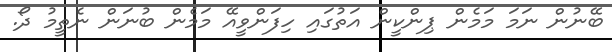
ބޭނުން ނަމަ މަމެން ޕިންކީން އަތުގައި ހިފަންވީއޭ މަމެން ބުނަން ނެތީމު ދޯ.